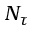
N _ { \tau }